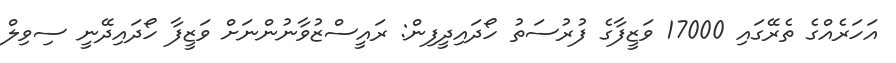
އަހަރެއްގެ ތެރޭގައި 17000 ވަޒީފާގެ ފުރުސަތު ހޯދައިދީފިން: ރައީސްޒުވާނުންނަށް ވަޒީފާ ހޯދައިދޭނީ ސިވިލް